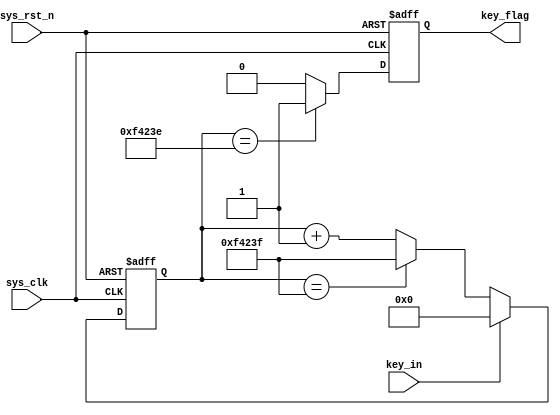
module key_fliter #(
    parameter CNT_MAX = 20'd999_999
)
(
    input  wire                         sys_clk                    ,
    input  wire                         sys_rst_n                  ,
    input  wire                         key_in                     ,

    output reg                         key_flag                    
);
    
reg [19:0]  cnt_20ms;


always @(negedge sys_clk or negedge sys_rst_n) begin
    if(!sys_rst_n)
        cnt_20ms <= 20'd0;
    else if(key_in == 1'b1)
        cnt_20ms <= 20'd0;
    else if(cnt_20ms == CNT_MAX)
        cnt_20ms <= CNT_MAX;
    else 
        cnt_20ms <= cnt_20ms + 1'b1;

end    

always @(negedge sys_clk or negedge sys_rst_n) begin
    if(!sys_rst_n)
        key_flag <= 1'b0;
    else if(cnt_20ms == (CNT_MAX - 20'd1))
        key_flag <= 1'b1;
    else
        key_flag <= 1'b0;


end


endmodule